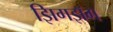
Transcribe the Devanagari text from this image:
झिगझॅग